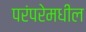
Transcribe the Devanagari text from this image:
परंपरेमधील